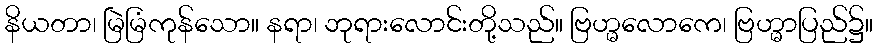
နိယတာ၊ မြဲမြံကုန်သော။ နရာ၊ ဘုရားလောင်းတို့သည်။ ဗြဟ္မလောကေ၊ ဗြဟ္မာပြည်၌။